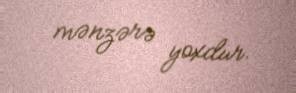
mənzərə yoxdur.